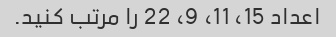
اعداد 15، 11، 9، 22 را مرتب کنید.